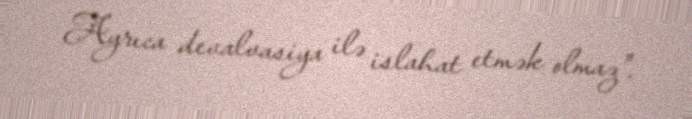
Ayrıca devalvasiya ilə islahat etmək olmaz".